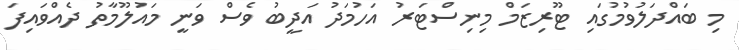
މި ބައްދަލުވުމުގައި ޓޫރިޒަމް މިނިސްޓަރު އަހުމަދު އަދީބު ވެސް ވަނީ މައުލޫމާތު ދެއްވައިފަ